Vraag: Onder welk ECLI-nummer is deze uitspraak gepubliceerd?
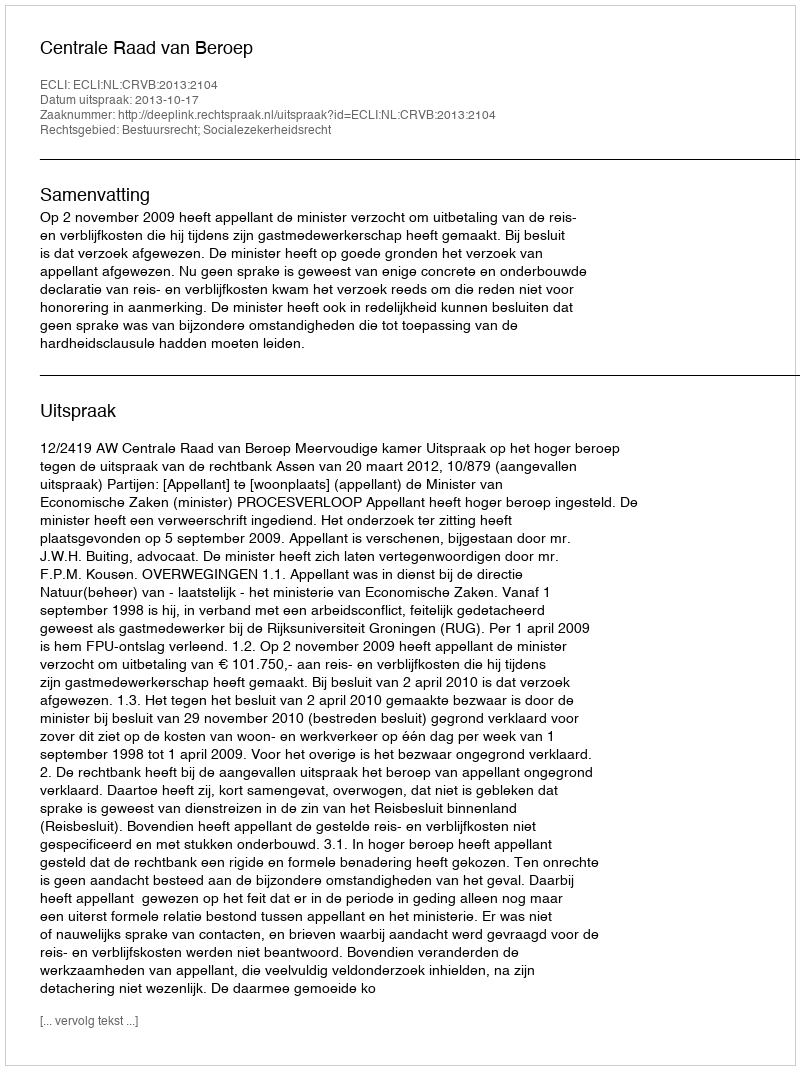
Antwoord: ECLI:NL:CRVB:2013:2104